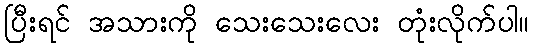
ပြီးရင် အသားကို သေးသေးလေး တုံးလိုက်ပါ။